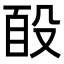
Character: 𭮮